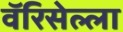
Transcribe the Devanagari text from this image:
वॅरिसेल्ला